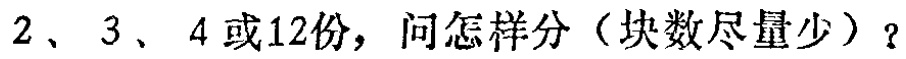
2、3、4或12份，问怎样分（块数尽量少）？